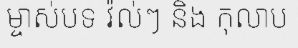
ម្ចាស់បទ វ៉ល់ៗ និង កុលាប